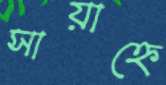
সায়াহ্নে